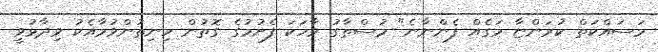
މަަސައްކަތް ކުރަންޏާ މަގެއް ފެންނާނެ" މުސްތާގު ވާހަކަ ފެށުމުގެ ގޮތުން ހިނިތުންވުމާއެކު ވިދާޅުވީ